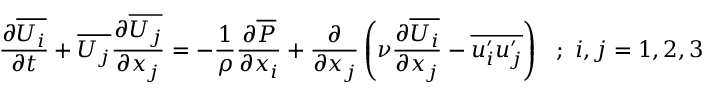
{ \frac { \partial \overline { { U _ { i } } } } { \partial t } } + \overline { { U _ { j } } } { \frac { \partial \overline { { U _ { j } } } } { \partial x _ { j } } } = - { \frac { 1 } { \rho } } { \frac { \partial \overline { { P } } } { \partial x _ { i } } } + { \frac { \partial } { \partial x _ { j } } } \left( \nu { \frac { \partial \overline { { U _ { i } } } } { \partial x _ { j } } } - \overline { { u _ { i } ^ { \prime } u _ { j } ^ { \prime } } } \right) ~ ~ ; ~ i , j = 1 , 2 , 3